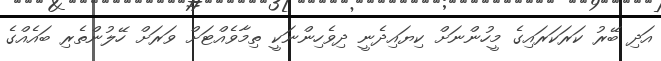
އަދި ބޭރު ކަރަކަރައިގެ މީހުންނަށް ކިޔައިދެނީ ދިވެހިންނަކީ ތިމާވެއްޓަށް ވަރަށް ހޭލުންތެރި ބައެއްގެ